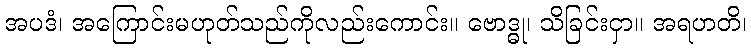
အပဒံ၊ အကြောင်းမဟုတ်သည်ကိုလည်းကောင်း။ ဗောဒ္ဓု၊ သိခြင်းငှာ။ အရဟတိ၊